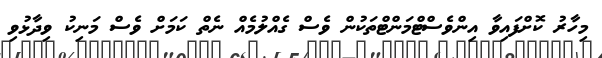
މިހާރު ކޮށްފައިވާ އިންވެސްޓްމަންޓްތަކުން ވެސް ގެއްލުމެއް ނެތް ކަމަށް ވެސް މަނިކު ވިދާޅުވި